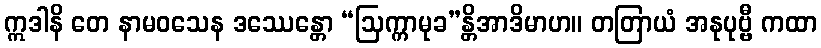
ဣဒါနိ တေ နာမဝသေန ဒဿေန္တော “ဩက္ကာမုခ”န္တိအာဒိမာဟ။ တတြာယံ အနုပုဗ္ဗီ ကထာ